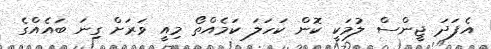
އެފަދަ ޖީންސް ލުމަކީ ކޮން ކަހަލަ ކަމެއްތޯ މިއީ ވަރަށް ގިނަ ބައެއްގެ